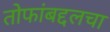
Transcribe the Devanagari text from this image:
तोफांबद्दलचा